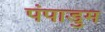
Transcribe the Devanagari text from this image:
पंपाडुम